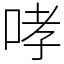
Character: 哮